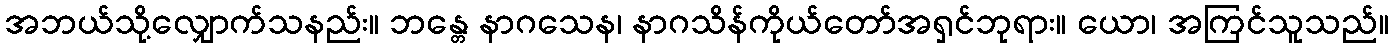
အဘယ်သို့လျှောက်သနည်း။ ဘန္တေ နာဂသေန၊ နာဂသိန်ကိုယ်တော်အရှင်ဘုရား။ ယော၊ အကြင်သူသည်။